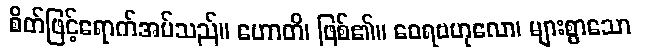
စိတ်ဖြင့်ရောက်အပ်သည်။ ဟောတိ၊ ဖြစ်၏။ ဝေရဗဟုလော၊ များစွာသော